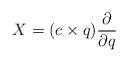
LaTeX: \begin{align*} X = (c\times q) \frac{\partial}{\partial q}\end{align*}